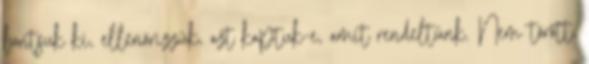
bontsuk ki, ellenőrizzük, azt kaptuk-e, amit rendeltünk. Nem törött,